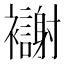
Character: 𫌗